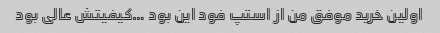
اولین خرید موفق من از استپ فود این بود …کیفیتش عالی بود